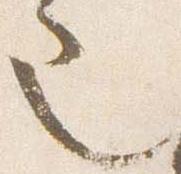
也